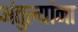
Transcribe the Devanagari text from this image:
अंतुल्यांना